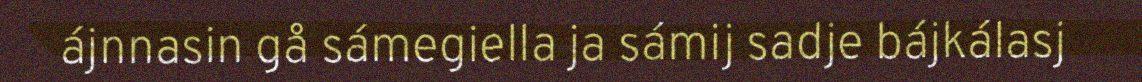
ájnnasin gå sámegiella ja sámij sadje bájkálasj